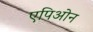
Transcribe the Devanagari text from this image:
एपिओन